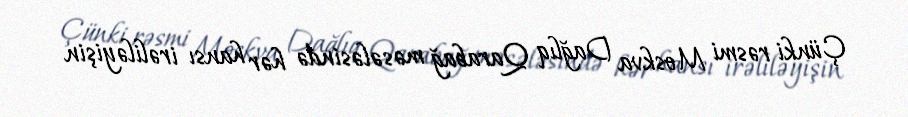
Çünki rəsmi Moskva Dağlıq Qarabağ məsələsində hər hansı irəliləyişin